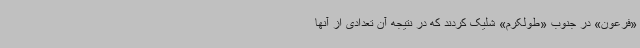
«فرعون» در جنوب «طولکرم» شلیک کردند که در نتیجه آن تعدادی از آنها